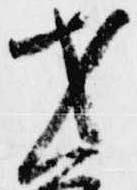
才